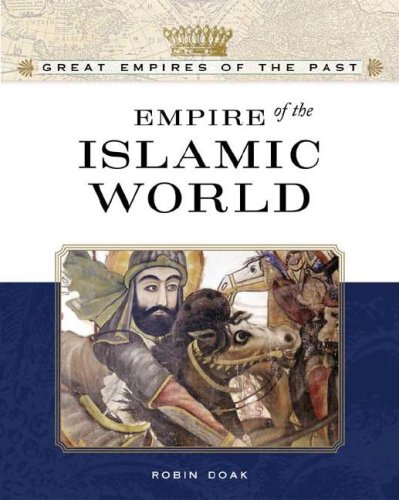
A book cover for Empire of the Islamic World (Great Empires of the Past); Robin Santos Doak; Teen & Young Adult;